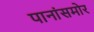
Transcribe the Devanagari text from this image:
पानांसमोर